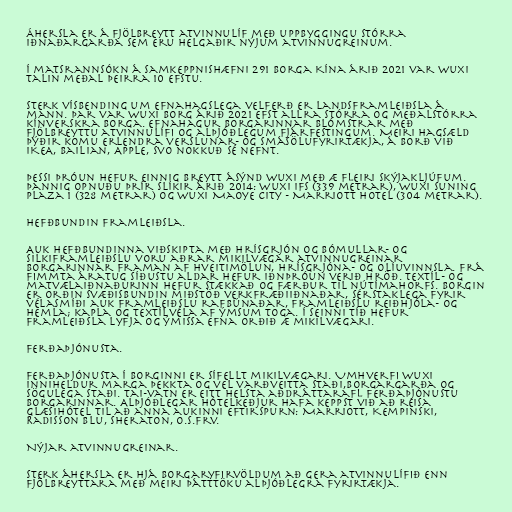
Áhersla er á fjölbreytt atvinnulíf með uppbyggingu stórra
iðnaðargarða sem eru helgaðir nýjum atvinnugreinum.

Í matsrannsókn á samkeppnishæfni 291 borga Kína árið 2021 var Wuxi
talin meðal þeirra 10 efstu.

Sterk vísbending um efnahagslega velferð er landsframleiðsla á
mann. Þar var Wuxi borg árið 2021 efst allra stórra og meðalstórra
kínverskra borga. Efnahagur borgarinnar blómstrar með
fjölbreyttu atvinnulífi og alþjóðlegum fjárfestingum. Meiri hagsæld
þýðir komu erlendra verslunar- og smásölufyrirtækja, á borð við
IKEA, Bailian, Apple, svo nokkuð sé nefnt.

Þessi þróun hefur einnig breytt ásýnd Wuxi með æ fleiri skýjakljúfum.
Þannig opnuðu þrír slíkir árið 2014: Wuxi IFS (339 metrar), Wuxi Suning
Plaza 1 (328 metrar) og Wuxi Maoye City - Marriott Hotel (304 metrar).

Hefðbundin framleiðsla.

Auk hefðbundinna viðskipta með hrísgrjón og bómullar- og
silkiframleiðslu voru aðrar mikilvægar atvinnugreinar
borgarinnar framan af hveitimölun, hrísgrjóna- og olíuvinnsla. Frá
fimmta áratug síðustu aldar hefur iðnþróun verið hröð. Textíl- og
matvælaiðnaðurinn hefur stækkað og færður til nútímahorfs. Borgin
er orðin svæðisbundin miðstöð verkfræðiiðnaðar, sérstaklega fyrir
vélasmíði auk framleiðslu rafbúnaðar, framleiðslu reiðhjóla- og
hemla; kapla og textílvéla af ýmsum toga. Í seinni tíð hefur
framleiðsla lyfja og ýmissa efna orðið æ mikilvægari.

Ferðaþjónusta.

Ferðaþjónusta í borginni er sífellt mikilvægari. Umhverfi Wuxi
inniheldur marga þekkta og vel varðveitta staði,borgargarða og
sögulega staði. Tai-vatn er eitt helsta aðdráttarafl ferðaþjónustu
borgarinnar. Alþjóðlegar hótelkeðjur hafa keppst við að reisa
glæsihótel til að anna aukinni eftirspurn: Marriott, Kempinski,
Radisson Blu, Sheraton, o.s.frv.

Nýjar atvinnugreinar.

Sterk áhersla er hjá borgaryfirvöldum að gera atvinnulífið enn
fjölbreyttara með meiri þátttöku alþjóðlegra fyrirtækja.